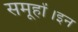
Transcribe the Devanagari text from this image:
समूहों।इन